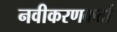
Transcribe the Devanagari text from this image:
नवीकरणकर्ता